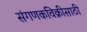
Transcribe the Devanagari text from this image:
संगणकविक्रीसाठी